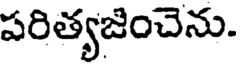
పరిత్యజించెను.